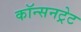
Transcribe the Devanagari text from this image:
कॉन्सनट्रेट